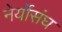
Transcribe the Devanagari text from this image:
नेर्योसंघ